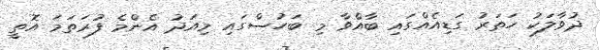
ދުވާލަކު ހަތަރު ގަޑިއެއްގައި ބާއްވާ މި ބަހުސްގައި މިއަދު އެންމެ ފުރަތަމަ އޮތީ